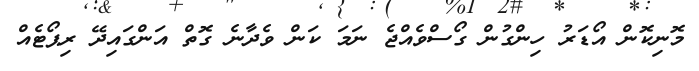
މޮނިކޮން އޯޑަރު ހިންގުން ގޯސްވެއްޖެ ނަމަ ކަން ވެދާނެ ގޮތް އަންގައިދޭ ރިޕޯޓެއް